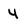
Character: 4